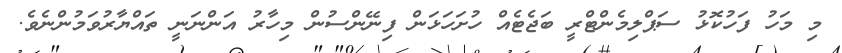
މި މަހު ފަހުކޮޅު ސަޕްލިމެންޓްރީ ބަޖެޓެއް ހުށަހަޅަން ފިނޭންސުން މިހާރު އަންނަނީ ތައްޔާރުވަމުންނެވެ.